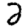
Digit: 2